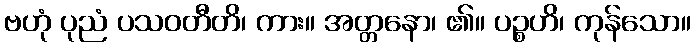
ဗဟုံ ပုညံ ပသဝတီတိ၊ ကား။ အတ္တနော၊ ၏။ ပဉ္စဟိ၊ ကုန်သော။